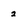
Character: 2